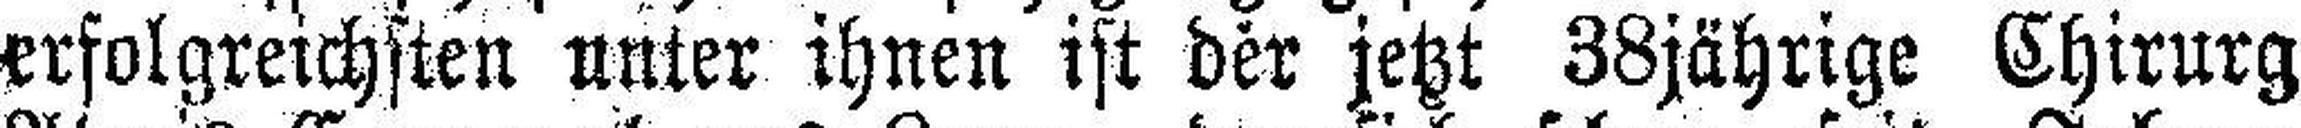
erfolgreichsten unter ihnen ist der jetzt 38jährige Chirurg